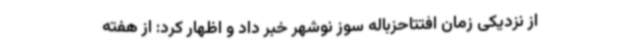
از نزدیکی زمان افتتاحزباله سوز نوشهر خبر داد و اظهار کرد: از هفته